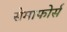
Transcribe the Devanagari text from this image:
सेमाफोर्स